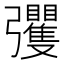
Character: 彏